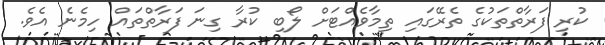
ކުރި ފަރާތްތަކުގެ ތެރޭގައި ތިމާވެއްޓަށް ލޯބި ކުރާ ގިނަ ފަރާތްތައް ހިމެނެ އެވެ.